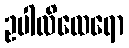
ဥပါလိထေရော